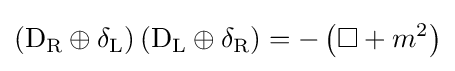
\left(\mathrm {D} _{\rm {R}}\oplus \delta _{\rm {L}}\right)\left(\mathrm {D} _{\rm {L}}\oplus \delta _{\rm {R}}\right)=-\left(\square +m^{2}\right)